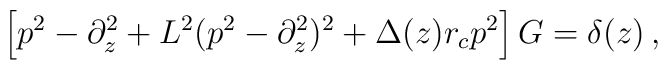
\left[p^2-\partial^2_z+L^2(p^2-\partial_z^2)^2+\Delta(z)r_cp^2\right]G=\delta(z)\,,